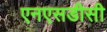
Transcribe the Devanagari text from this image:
एनएसडीसी